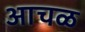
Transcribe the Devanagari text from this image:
आचळ